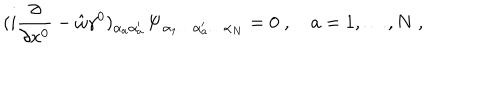
( i { \frac { \partial } { \partial x ^ { 0 } } } - \hat { \omega } \gamma ^ { 0 } ) _ { \alpha _ { a } \alpha _ { a } ^ { \prime } } { \bf \Psi } _ { \alpha _ { 1 } \ldots \alpha _ { a } ^ { \prime } \ldots \alpha _ { N } } = 0 \; , \quad a = 1 , \ldots , N \; ,